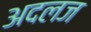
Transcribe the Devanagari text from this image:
अदलज